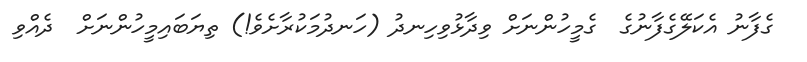
ގެފާނު އެކަލޭގެފާނުގެ  ގެމީހުންނަށް ވިދާޅުވިހިނދު (ހަނދުމަކުރާށެވެ!) ތިޔަބައިމީހުންނަށް  ދެއްވި